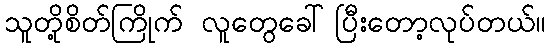
သူတို့စိတ်ကြိုက် လူတွေခေါ်ပြီးတော့လုပ်တယ်။